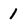
Character: 1